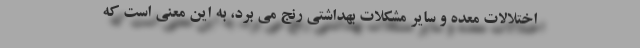
اختلالات معده و سایر مشکلات بهداشتی رنج می برد، به این معنی است که